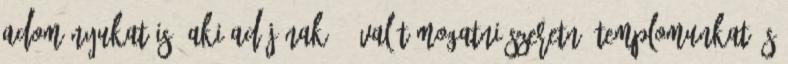
adományukat is. Aki adójának 2%-val támogatni szeretné templomunkat és